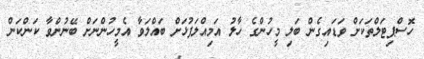
ހޮސްޕިޓަލްތަކަށް ވަޑައިގެން ބަލި މީހުންގެ ހާލު އަމިއްލަފުޅަށް ބައްލަވާ އެމީހުންނަށް ބޭނުންވާ ކަންކަން